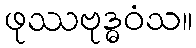
ဖုဿဗုဒ္ဓဝံသ။